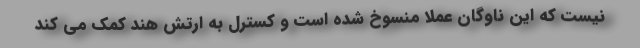
نیست که این ناوگان عملا منسوخ شده است و کسترل به ارتش هند کمک می کند